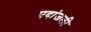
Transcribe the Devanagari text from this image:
पदांजली